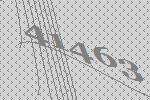
41463